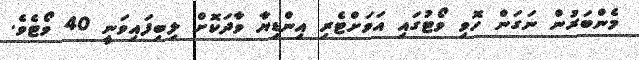
މެންބަރުން ނަގަން ހޮވި ވޯޓުގައި އަވަށްޓެރި އިންޑިޔާ ވާދަކޮށް ލިބިފައިވަނީ 40 ވޯޓެވެ.